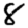
Digit: 8